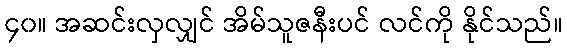
၄၀။ အဆင်းလှလျှင် အိမ်သူဇနီးပင် လင်ကို နိုင်သည်။